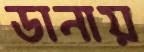
ডানায়